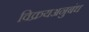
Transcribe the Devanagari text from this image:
विक्रयअनुबंध